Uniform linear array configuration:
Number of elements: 24
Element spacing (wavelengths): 0.75
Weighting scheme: uniform
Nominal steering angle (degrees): -45
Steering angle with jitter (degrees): -45.597
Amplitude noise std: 0.05
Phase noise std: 0.05

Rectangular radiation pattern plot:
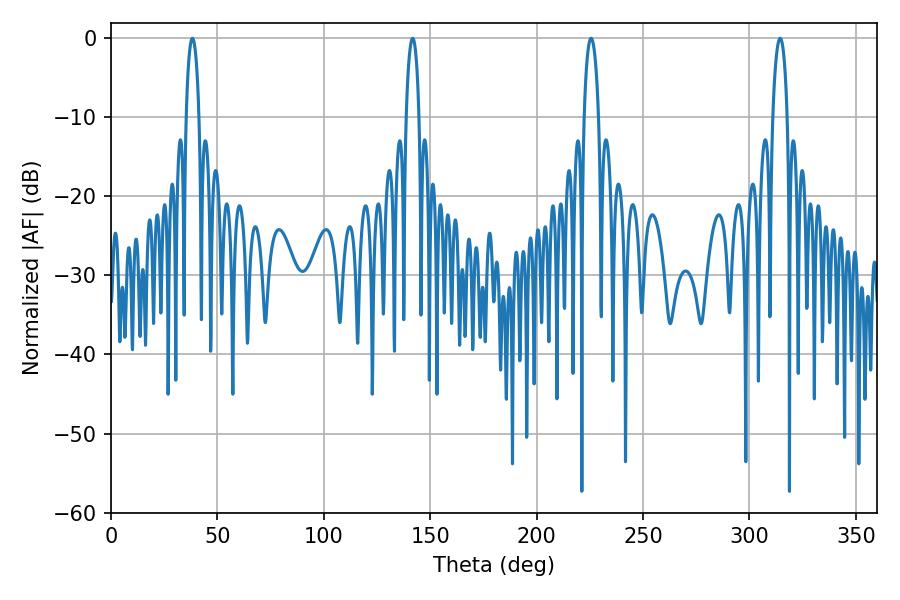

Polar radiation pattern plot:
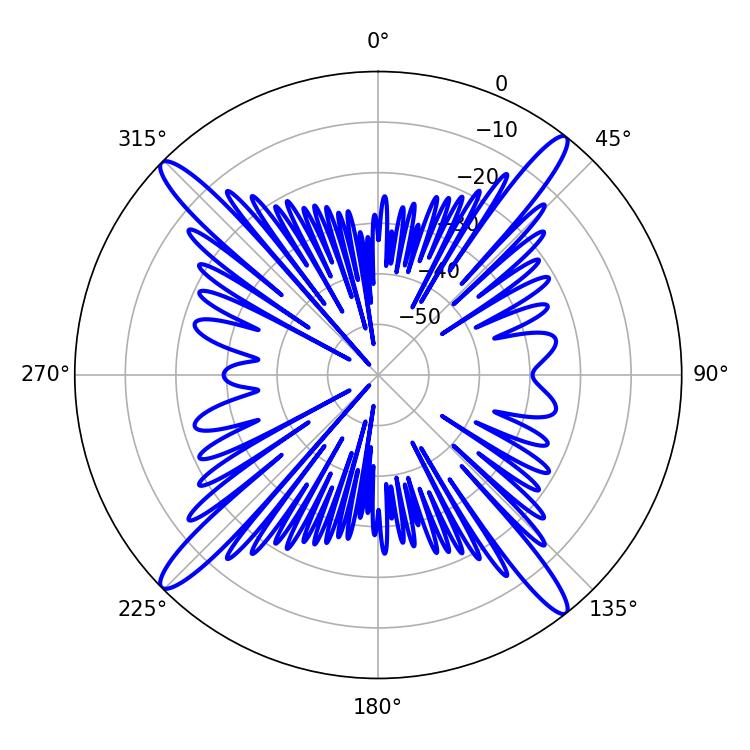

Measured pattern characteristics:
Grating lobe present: TRUE
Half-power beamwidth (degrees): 3.78
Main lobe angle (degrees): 225.54